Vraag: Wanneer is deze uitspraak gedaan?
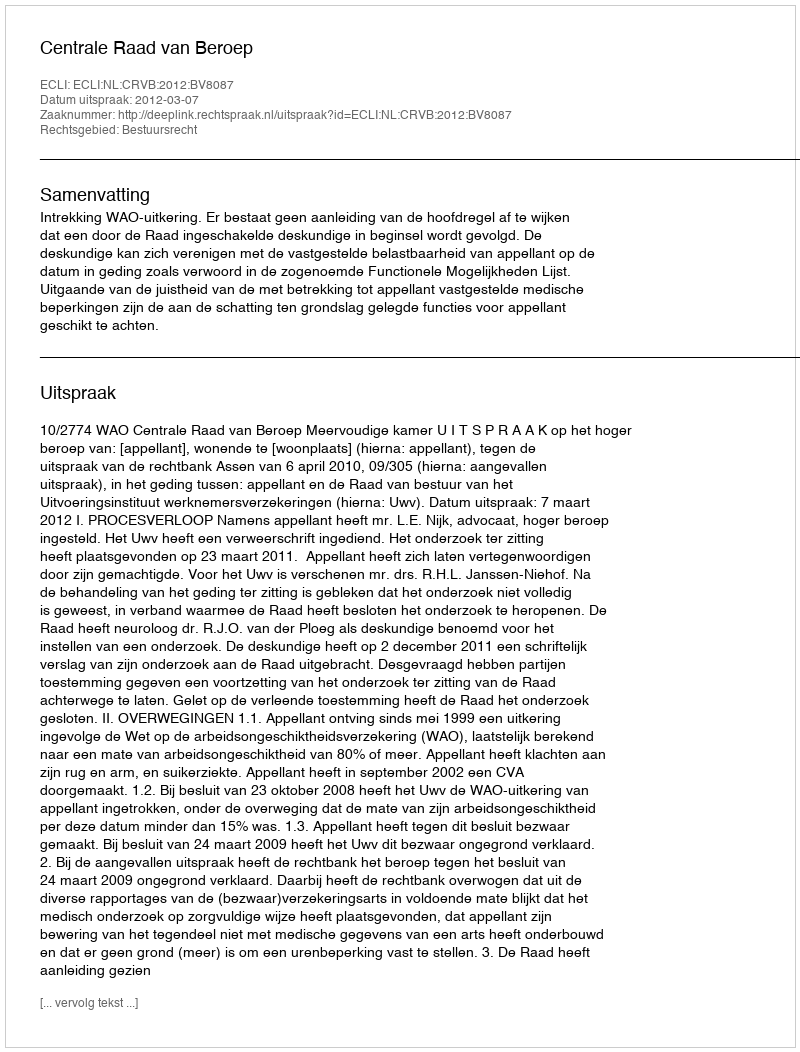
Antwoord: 2012-03-07